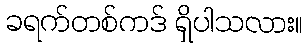
ခရက်တစ်ကဒ် ရှိပါသလား။